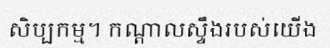
សិប្បកម្ម។ កណ្តាលស្ទឹងរបស់យើង